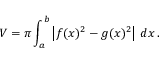
V = \pi \int _ { a } ^ { b } \left| f ( x ) ^ { 2 } - g ( x ) ^ { 2 } \right| \, d x \, .